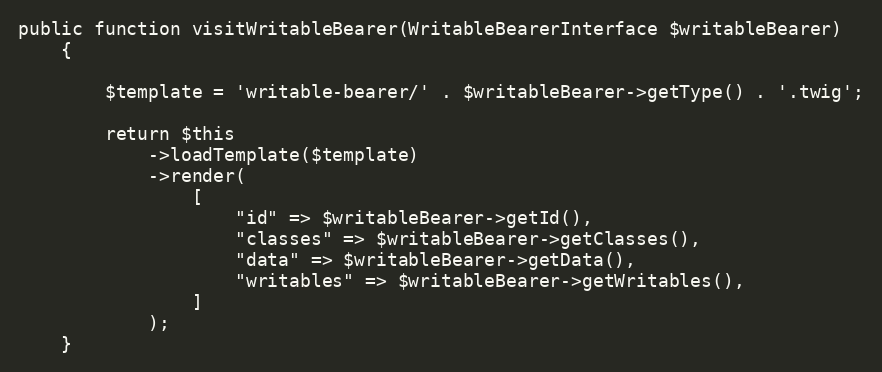
Language: PHP
public function visitWritableBearer(WritableBearerInterface $writableBearer)
    {

        $template = 'writable-bearer/' . $writableBearer->getType() . '.twig';

        return $this
            ->loadTemplate($template)
            ->render(
                [
                    "id" => $writableBearer->getId(),
                    "classes" => $writableBearer->getClasses(),
                    "data" => $writableBearer->getData(),
                    "writables" => $writableBearer->getWritables(),
                ]
            );
    }